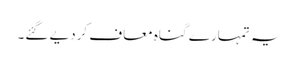
یہ تمہارے گناہ معاف کردیے گئے۔